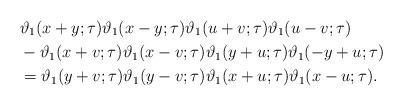
LaTeX: \begin{align*}& \vartheta_1(x+y; \tau) \vartheta_1(x-y; \tau) \vartheta_1(u+v; \tau) \vartheta_1(u-v;\tau)\\& - \vartheta_1(x+v; \tau) \vartheta_1(x-v; \tau) \vartheta_1(y+u; \tau) \vartheta_1(-y+u;\tau)\\& = \vartheta_1(y+v; \tau) \vartheta_1(y-v; \tau) \vartheta_1(x+u; \tau) \vartheta_1(x-u;\tau).\end{align*}